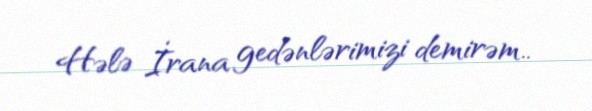
Hələ İrana gedənlərimizi demirəm..